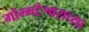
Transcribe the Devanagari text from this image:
गोम्मटेश्वराच्या